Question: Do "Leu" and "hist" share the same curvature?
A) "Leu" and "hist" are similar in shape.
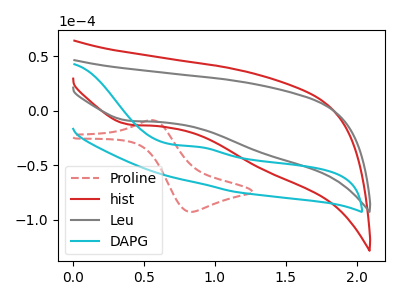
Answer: <think>The red dashed curve "Proline" has an anodic peak at (0.55V, -8.50uA) and a cathodic peak at (0.85V, -92.75uA). The red curve "hist" has a cathodic peak at: (0.40V, -12.55uA). The gray curve "Leu" has a cathodic peak at: (0.40V, -9.05uA). The cyan curve "DAPG" has an anodic peak at: (0.90V, -33.10uA).
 All the peaks in "Leu" have a peak in "hist" at the same potential. Every peak in "Leu" is lower than every peak in "hist".</think>
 <answer>A) "Leu" and "hist" are similar in shape.</answer>
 <eval>A</eval>